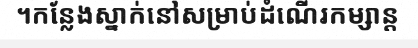
។កន្លែងស្នាក់នៅសម្រាប់ដំណើរកម្សាន្ត